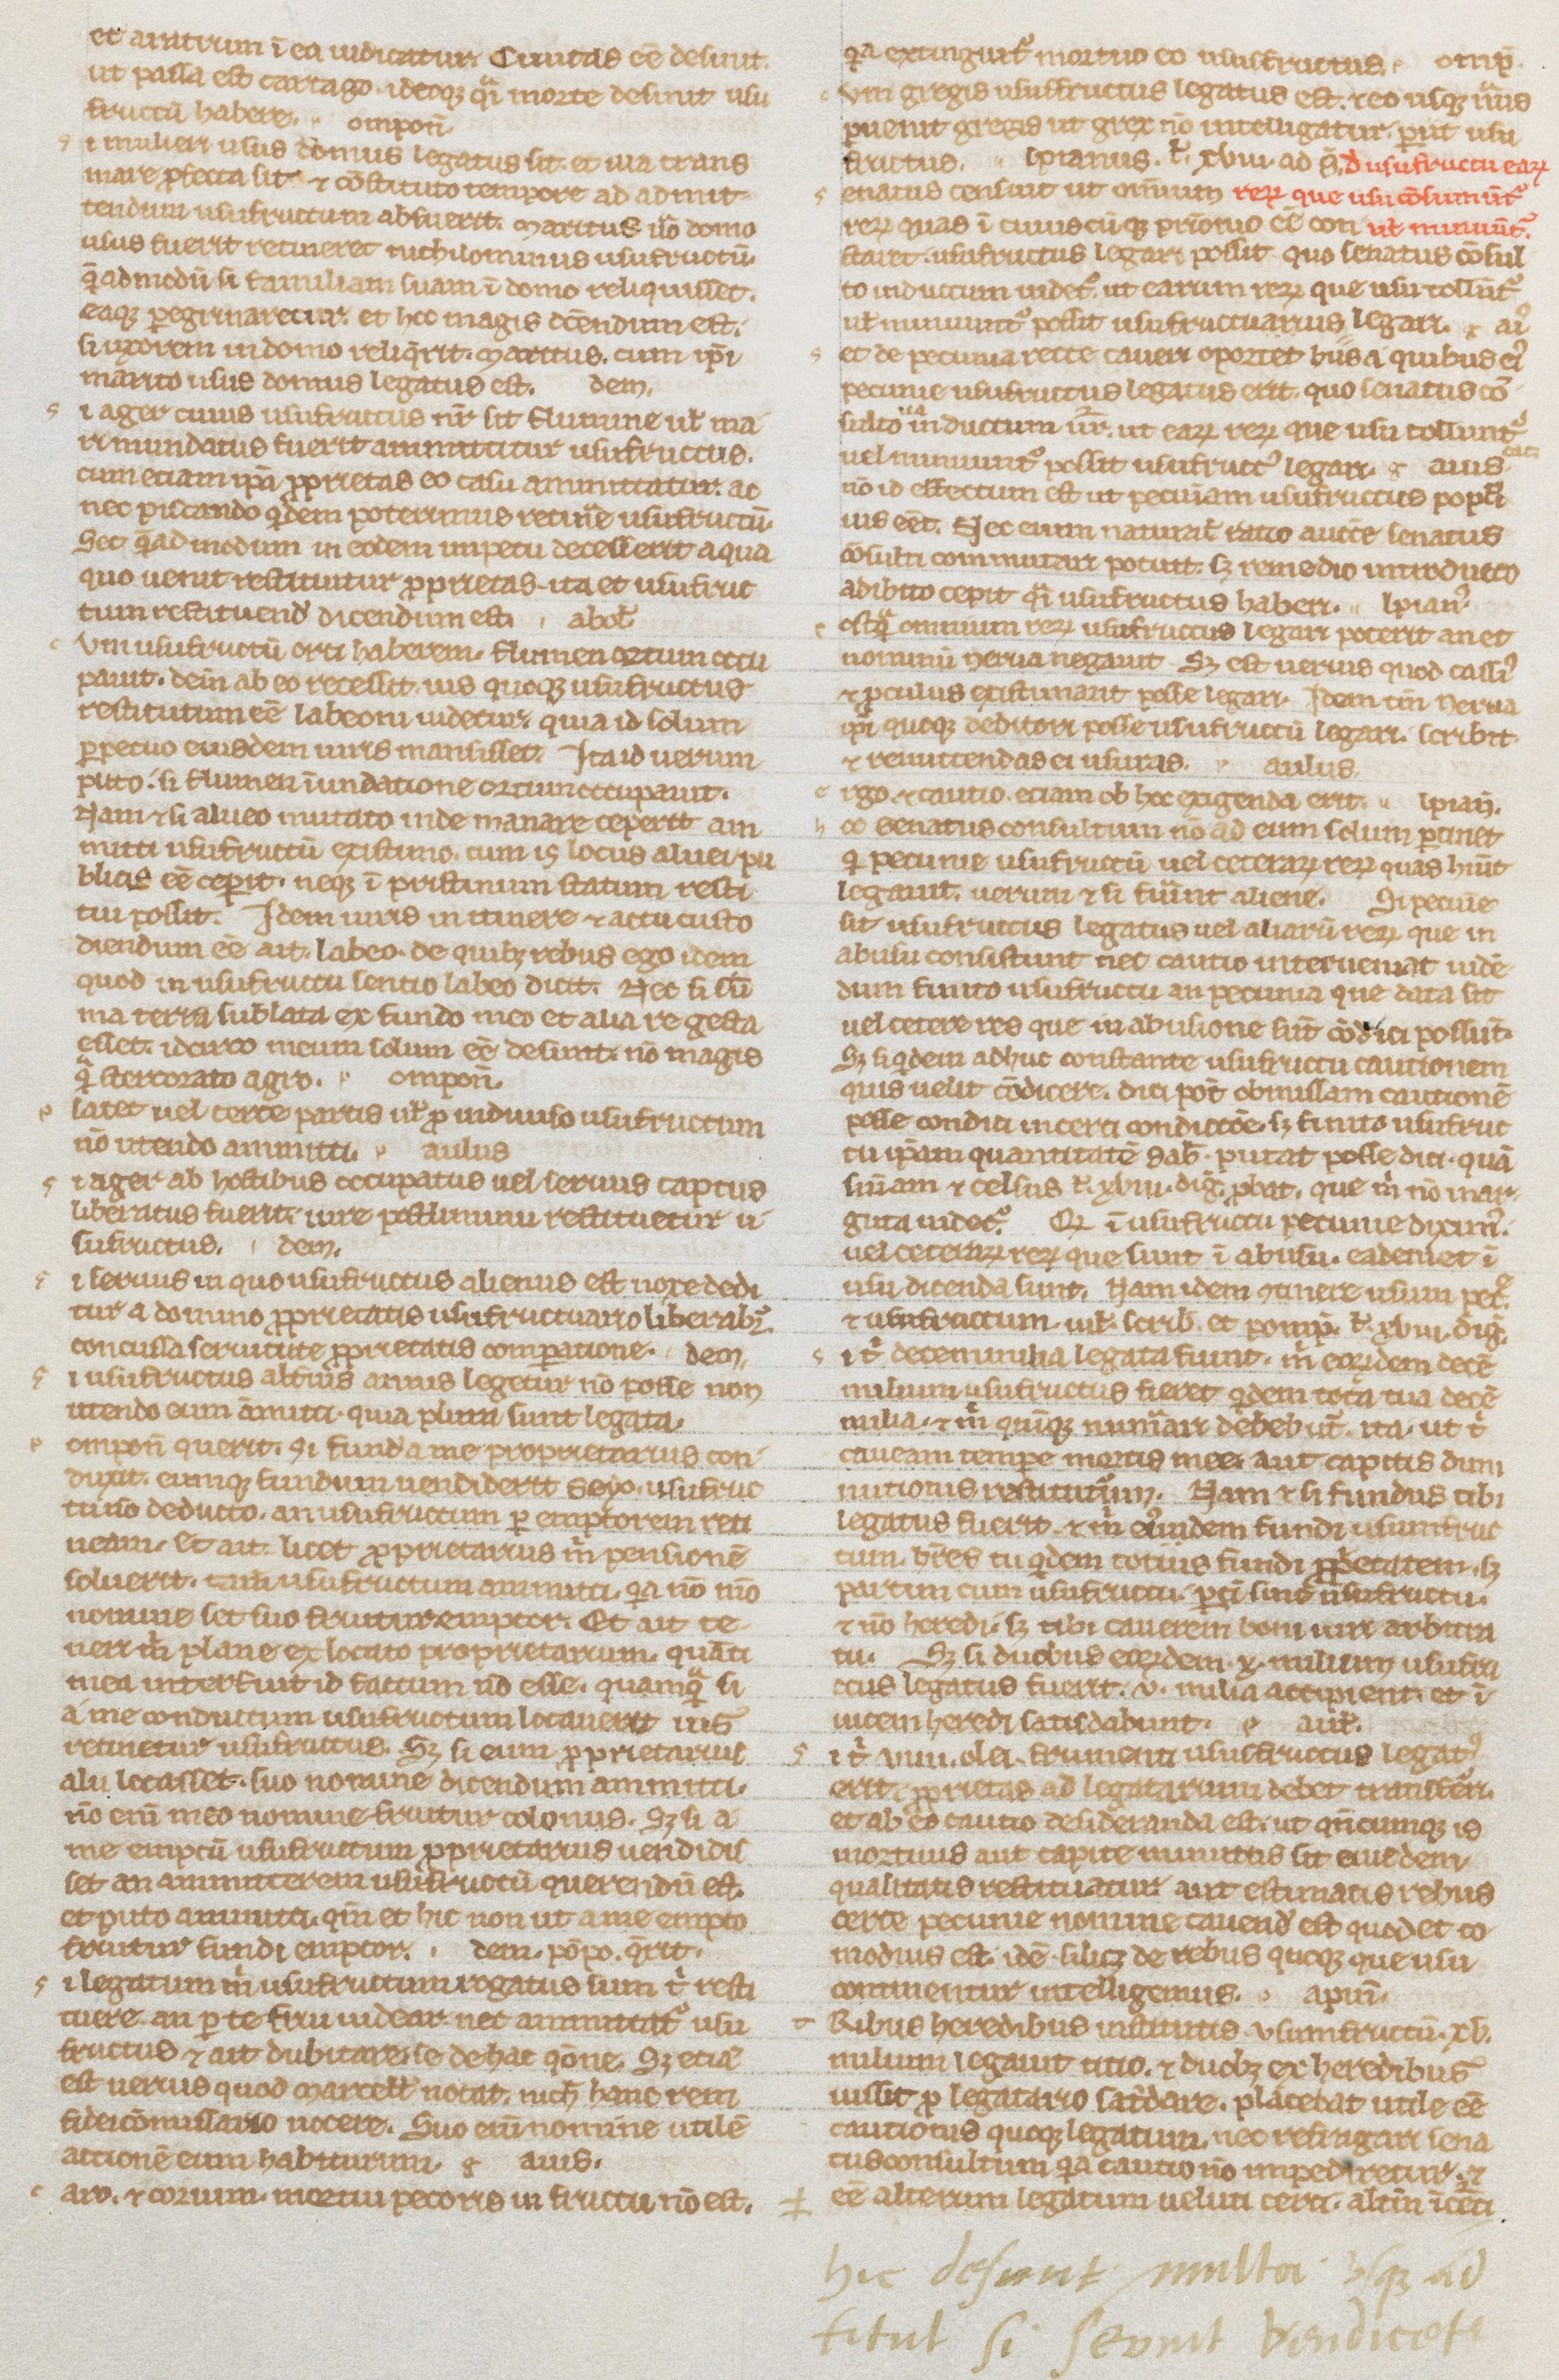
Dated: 1235–1265